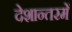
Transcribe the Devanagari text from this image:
देशान्तरमें